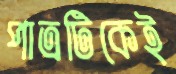
পাত্রটিকেই